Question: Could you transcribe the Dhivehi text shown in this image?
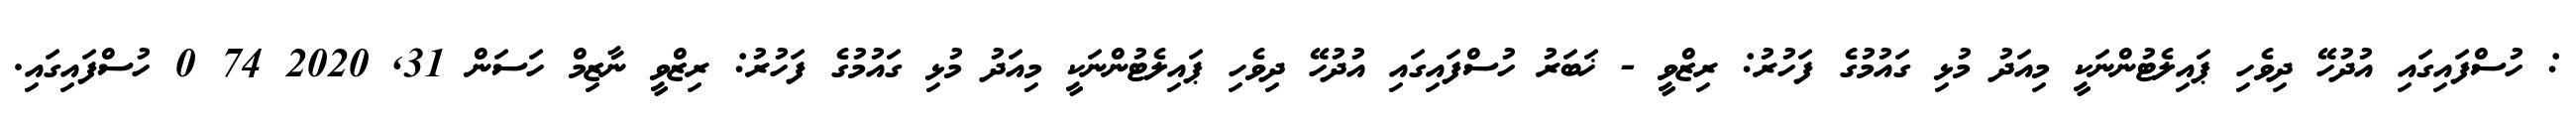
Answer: : ހުސްފައިގައި އުދުހޭ ދިވެހި ޕައިލެޓުންނަކީ މިއަދު މުޅި ގައުމުގެ ފަހުރު: ރިޒްވީ - ޚަބަރު ހުސްފައިގައި އުދުހޭ ދިވެހި ޕައިލެޓުންނަކީ މިއަދު މުޅި ގައުމުގެ ފަހުރު: ރިޒްވީ ނާޒިމް ހަސަން 31, 2020 74 0 ހުސްފައިގައި.